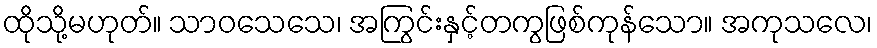
ထိုသို့မဟုတ်။ သာဝသေသေ၊ အကြွင်းနှင့်တကွဖြစ်ကုန်သော။ အကုသလေ၊